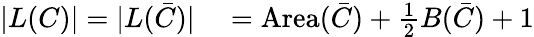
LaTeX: \begin{array}{rl}{|L(C)|=|L({\bar{C}})|}&{{}=\operatorname{Area}({\bar{C}})+{\frac{1}{2}}B({\bar{C}})+1}\end{array}